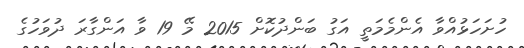
ހުށަހަޅުއްވާ އެންމެމަތީ އަގު ބަންދުކޮށް 2015 މޭ 19 ވާ އަންގާރަ ދުވަހުގެ